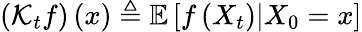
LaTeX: \left(\mathcal{K}_{t}f\right)\left(x\right)\triangleq\mathbb{E}\left[f\left(X_{t}\right)\vert X_{0}=x\right]